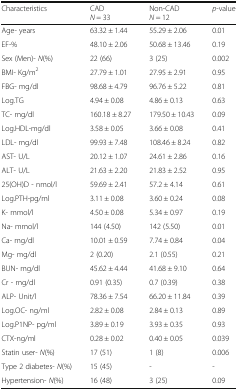
<table><thead><tr><td><b>Characteristics</b></td><td><b>CAD<i>N</i> = 33</b></td><td><b>Non-CAD<i>N</i> = 12</b></td><td><b><i>p</i>-value</b></td></tr></thead><tbody><tr><td>Age- years</td><td>63.32 ± 1.44</td><td>55.29 ± 2.06</td><td>0.01</td></tr><tr><td>EF-%</td><td>48.10 ± 2.06</td><td>50.68 ± 13.46</td><td>0.19</td></tr><tr><td>Sex (Men)- <i>N</i>(%)</td><td>22 (66)</td><td>3 (25)</td><td>0.002</td></tr><tr><td>BMI- Kg/m<sup>2</sup></td><td>27.79 ± 1.01</td><td>27.95 ± 2.91</td><td>0.95</td></tr><tr><td>FBG- mg/dl</td><td>98.68 ± 4.79</td><td>96.76 ± 5.22</td><td>0.81</td></tr><tr><td>Log.TG</td><td>4.94 ± 0.08</td><td>4.86 ± 0.13</td><td>0.63</td></tr><tr><td>TC- mg/dl</td><td>160.18 ± 8.27</td><td>179.50 ± 10.43</td><td>0.09</td></tr><tr><td>Log.HDL-mg/dl</td><td>3.58 ± 0.05</td><td>3.66 ± 0.08</td><td>0.41</td></tr><tr><td>LDL- mg/dl</td><td>99.93 ± 7.48</td><td>108.46 ± 8.24</td><td>0.82</td></tr><tr><td>AST- U/L</td><td>20.12 ± 1.07</td><td>24.61 ± 2.86</td><td>0.16</td></tr><tr><td>ALT- U/L</td><td>21.63 ± 2.20</td><td>21.83 ± 2.52</td><td>0.95</td></tr><tr><td>25(OH)D - nmol/l</td><td>59.69 ± 2.41</td><td>57.2 ± 4.14</td><td>0.61</td></tr><tr><td>Log.PTH-pg/ml</td><td>3.11 ± 0.08</td><td>3.60 ± 0.24</td><td>0.08</td></tr><tr><td>K- mmol/l</td><td>4.50 ± 0.08</td><td>5.34 ± 0.97</td><td>0.19</td></tr><tr><td>Na- mmol/l</td><td>144 (4.50)</td><td>142 (5.50)</td><td>0.01</td></tr><tr><td>Ca- mg/dl</td><td>10.01 ± 0.59</td><td>7.74 ± 0.84</td><td>0.04</td></tr><tr><td>Mg- mg/dl</td><td>2 (0.20)</td><td>2.1 (0.55)</td><td>0.21</td></tr><tr><td>BUN- mg/dl</td><td>45.62 ± 4.44</td><td>41.68 ± 9.10</td><td>0.64</td></tr><tr><td>Cr - mg/dl</td><td>0.91 (0.35)</td><td>0.7 (0.39)</td><td>0.38</td></tr><tr><td>ALP- Unit/l</td><td>78.36 ± 7.54</td><td>66.20 ± 11.84</td><td>0.39</td></tr><tr><td>Log.OC- ng/ml</td><td>2.82 ± 0.08</td><td>2.84 ± 0.13</td><td>0.89</td></tr><tr><td>Log.P1NP- pg/ml</td><td>3.89 ± 0.19</td><td>3.93 ± 0.35</td><td>0.93</td></tr><tr><td>CTX-ng/ml</td><td>0.28 ± 0.02</td><td>0.40 ± 0.05</td><td>0.039</td></tr><tr><td>Statin user- <i>N</i>(%)</td><td>17 (51)</td><td>1 (8)</td><td>0.006</td></tr><tr><td>Type 2 diabetes- <i>N</i>(%)</td><td>15 (45)</td><td>-</td><td>-</td></tr><tr><td>Hypertension- <i>N</i>(%)</td><td>16 (48)</td><td>3 (25)</td><td>0.09</td></tr></tbody></table>